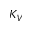
K _ { V }